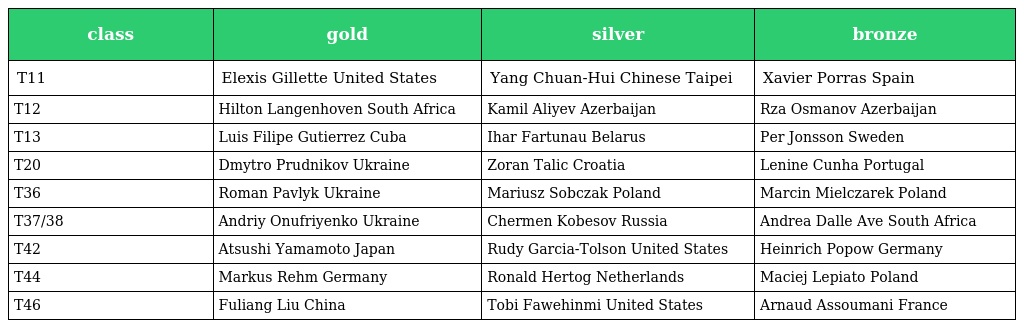
| class | gold | silver | bronze |
 | --- | --- | --- | --- |
 | T11 | Elexis Gillette United States | Yang Chuan-Hui Chinese Taipei | Xavier Porras Spain |
 | T12 | Hilton Langenhoven South Africa | Kamil Aliyev Azerbaijan | Rza Osmanov Azerbaijan |
 | T13 | Luis Filipe Gutierrez Cuba | Ihar Fartunau Belarus | Per Jonsson Sweden |
 | T20 | Dmytro Prudnikov Ukraine | Zoran Talic Croatia | Lenine Cunha Portugal |
 | T36 | Roman Pavlyk Ukraine | Mariusz Sobczak Poland | Marcin Mielczarek Poland |
 | T37/38 | Andriy Onufriyenko Ukraine | Chermen Kobesov Russia | Andrea Dalle Ave South Africa |
 | T42 | Atsushi Yamamoto Japan | Rudy Garcia-Tolson United States | Heinrich Popow Germany |
 | T44 | Markus Rehm Germany | Ronald Hertog Netherlands | Maciej Lepiato Poland |
 | T46 | Fuliang Liu China | Tobi Fawehinmi United States | Arnaud Assoumani France |